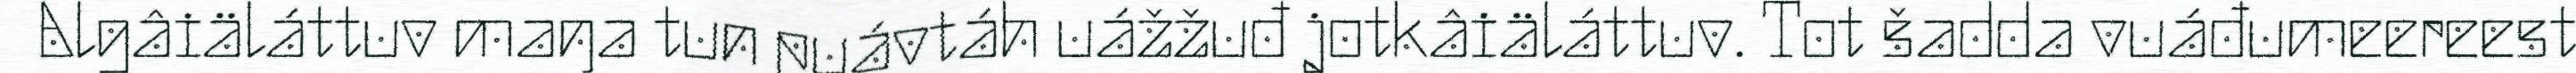
Algâiäláttuv maŋa tun puávtáh uážžuđ jotkâiäláttuv. Tot šadda vuáđumeereest